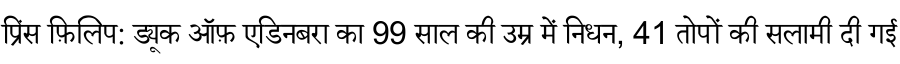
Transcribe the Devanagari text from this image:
प्रिंस फ़िलिप: ड्यूक ऑफ़ एडिनबरा का 99 साल की उम्र में निधन, 41 तोपों की सलामी दी गई